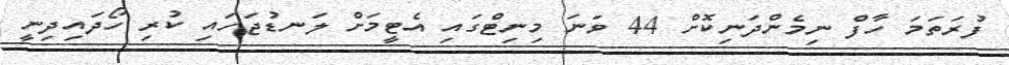
ފުރަތަމަ ހާފް ނިމެންދަނިކޮށް 44 ވަނަ މިނިޓްގައި އެޓީމަށް ލަނޑުޖަހައި ކުރި ހޯދައިދިނީ